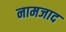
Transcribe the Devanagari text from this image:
नामजाद